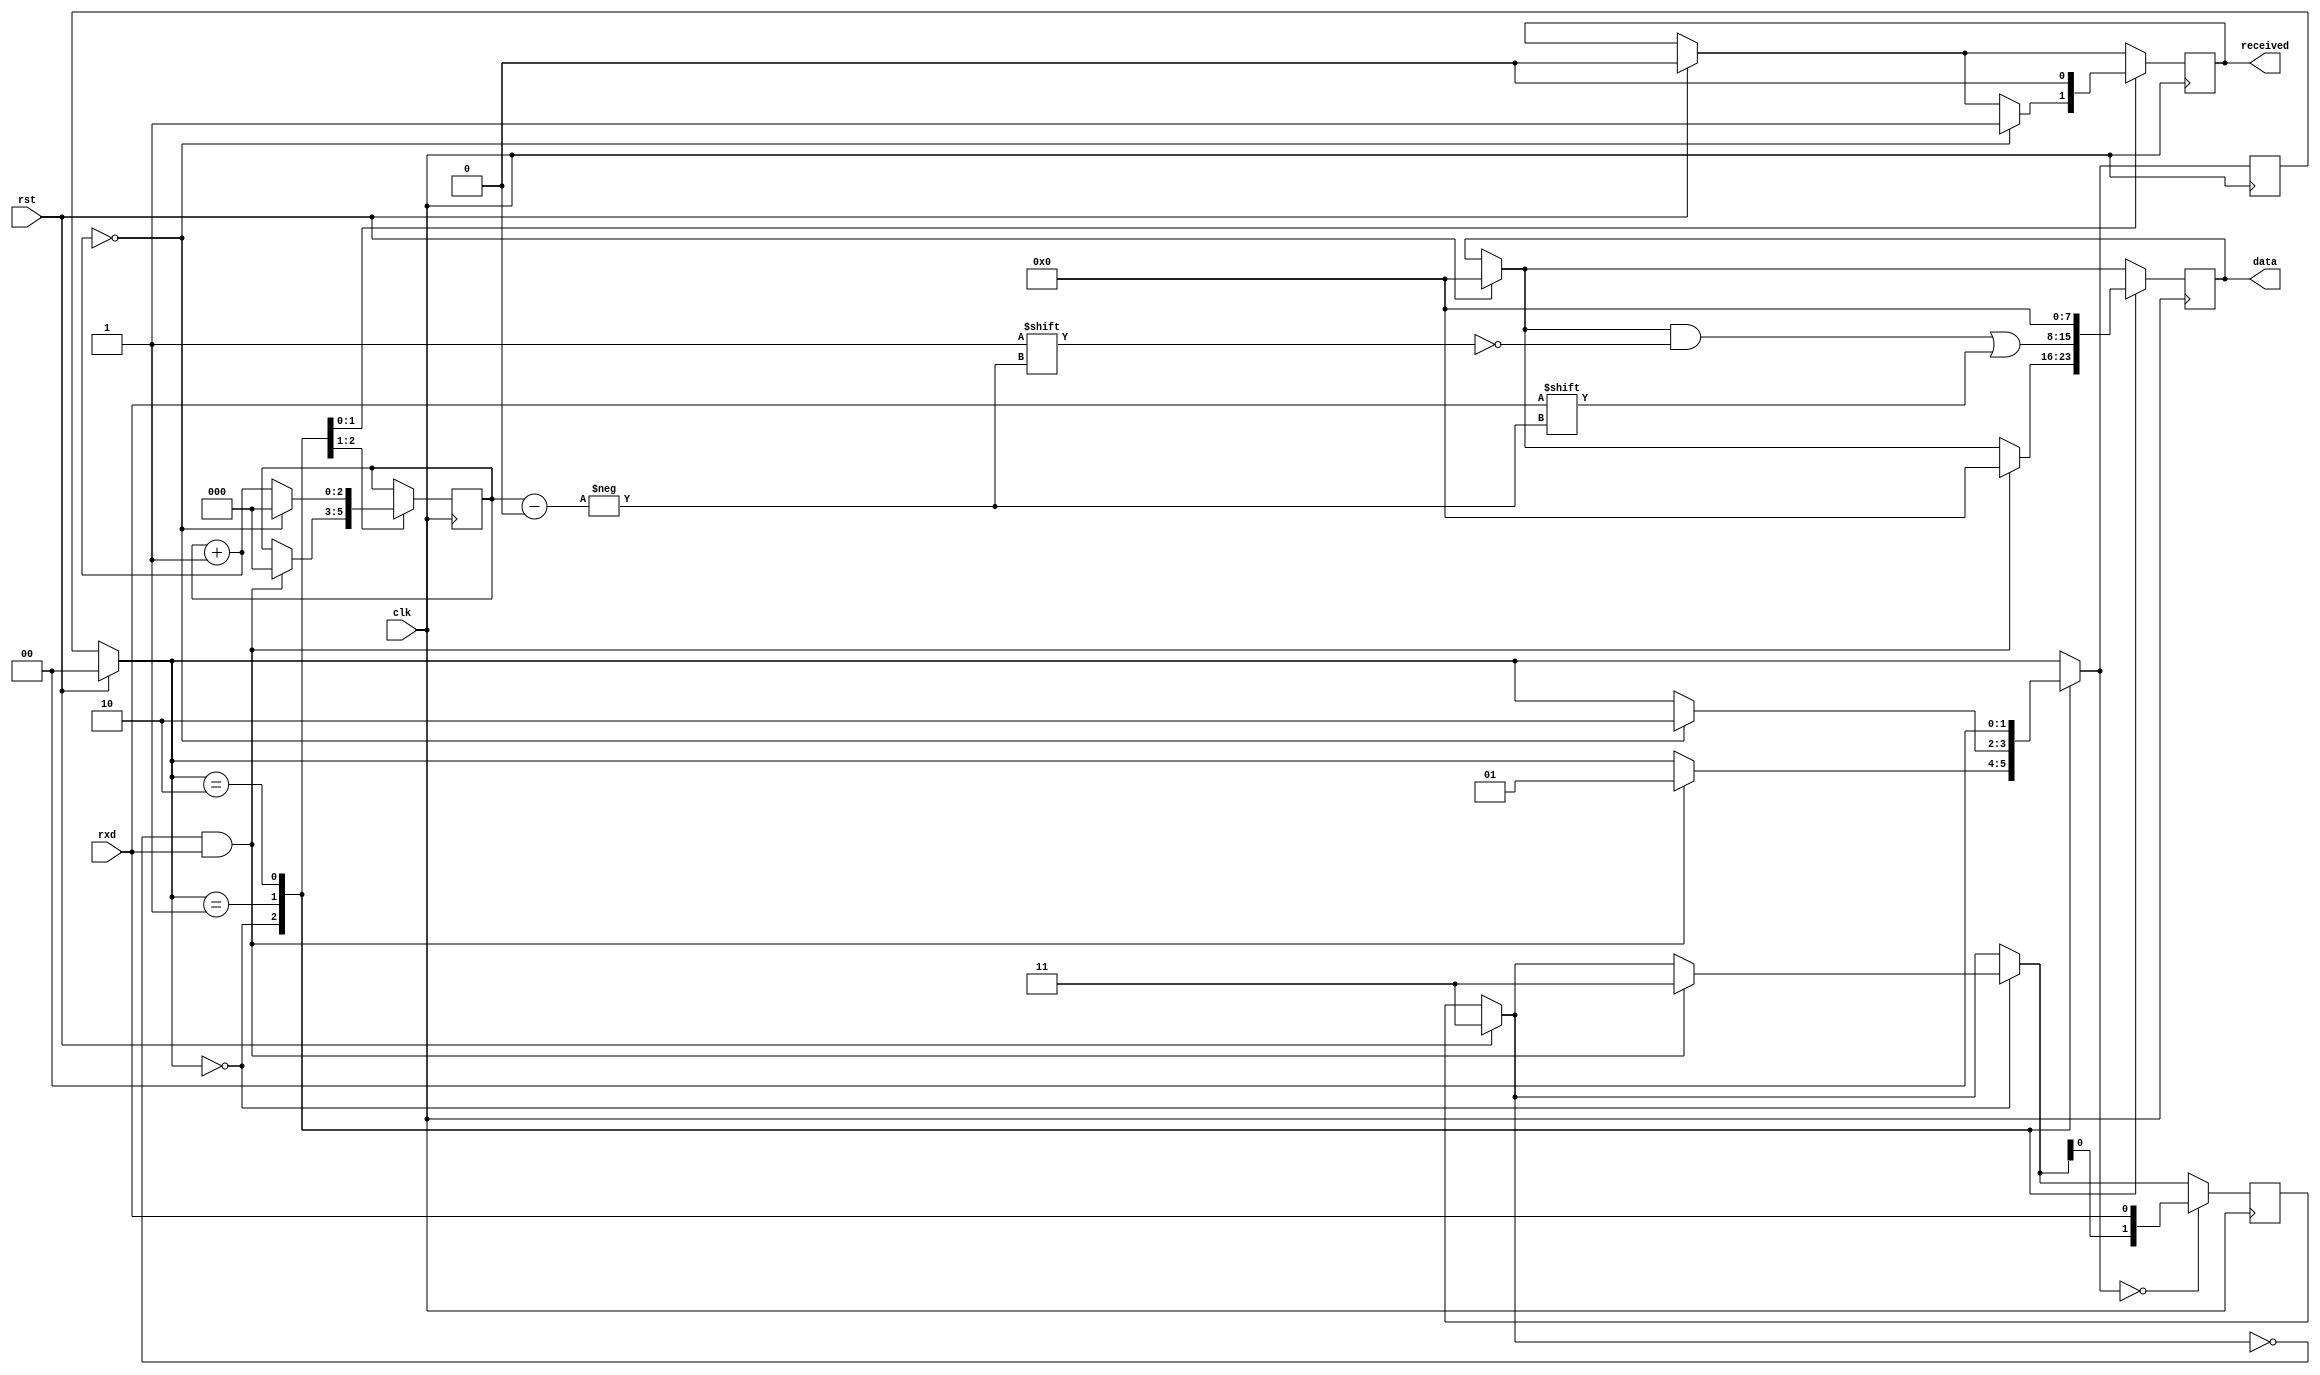
module fsm2(
	input clk,
	input rst,
	input rxd,
	
	output [7:0] data,
	output received
    );

localparam STATE1 = 2'b00;
localparam STATE2 = 2'b01;
localparam STATE3 = 2'b10;

reg [1:0] state = STATE1;
reg [7:0] tmp_data = 8'b00000000;
reg tmp_received = 1'b0;
reg [2:0] index;
reg [1:0] rxd_hist = 2'b11;

always @(posedge clk)
begin
	if(rst)
	begin
		tmp_data = 0;
		tmp_received = 0;
		rxd_hist = 2'b11; // dla bezpieczenstwa poczekaj 2 cykle zegara przed 1. odbiorem
		state = STATE1;
	end
	
	case(state)
	STATE1:
	begin
		if(rxd_hist == 2'b00 && rxd == 1) //bit startu
		begin
			rxd_hist = 2'b11;
			tmp_data = 8'b00000000;
			index = 3'b000;
			state = STATE2;
		end
	end
	STATE2:
	begin
		tmp_data[index] = rxd;
		index = index + 1;
		
		if(index == 3'b000) //odebrano 8 bitow danych
		begin
			tmp_received = 1'b1;
			state = STATE3;
			index = 3'b000;
		end
	end
	STATE3:
	begin
		//obsluga flagi received
		tmp_received = 1'b0;
		tmp_data = 8'b00000000;
		state = STATE1;
	end
	endcase
	
	if(state == STATE1) rxd_hist = { rxd_hist[0], rxd };	
end

assign data = tmp_data;
assign received = tmp_received;

endmodule